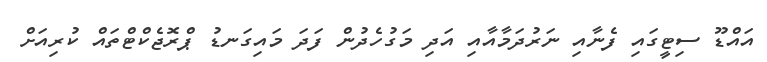
އައްޑޫ ސިޓީގައި ފެނާއި ނަރުދަމާއާއި އަދި މަގުހެދުން ފަދަ މައިގަނޑު ޕްރޮޖެކްޓްތައް ކުރިއަށް